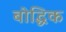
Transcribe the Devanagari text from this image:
बोद्धिक